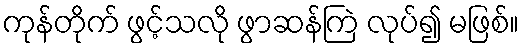
ကုန်တိုက် ဖွင့်သလို ဖွာဆန်ကြဲ လုပ်၍ မဖြစ်။